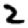
Digit: 2